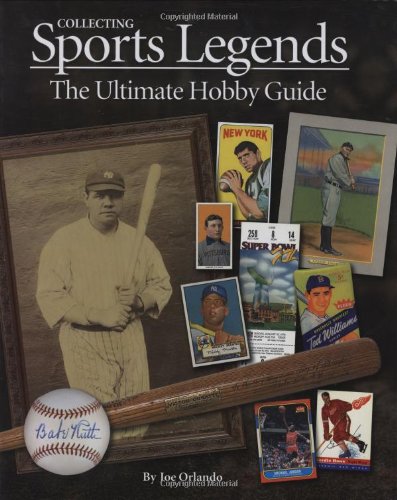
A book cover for Collecting Sports Legends: The Ultimate Hobby Guide; Joe Orlando; Crafts, Hobbies & Home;